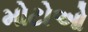
મોટોઓ